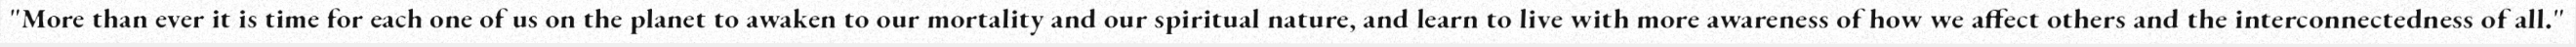
"More than ever it is time for each one of us on the planet to awaken to our mortality and our spiritual nature, and learn to live with more awareness of how we affect others and the interconnectedness of all."